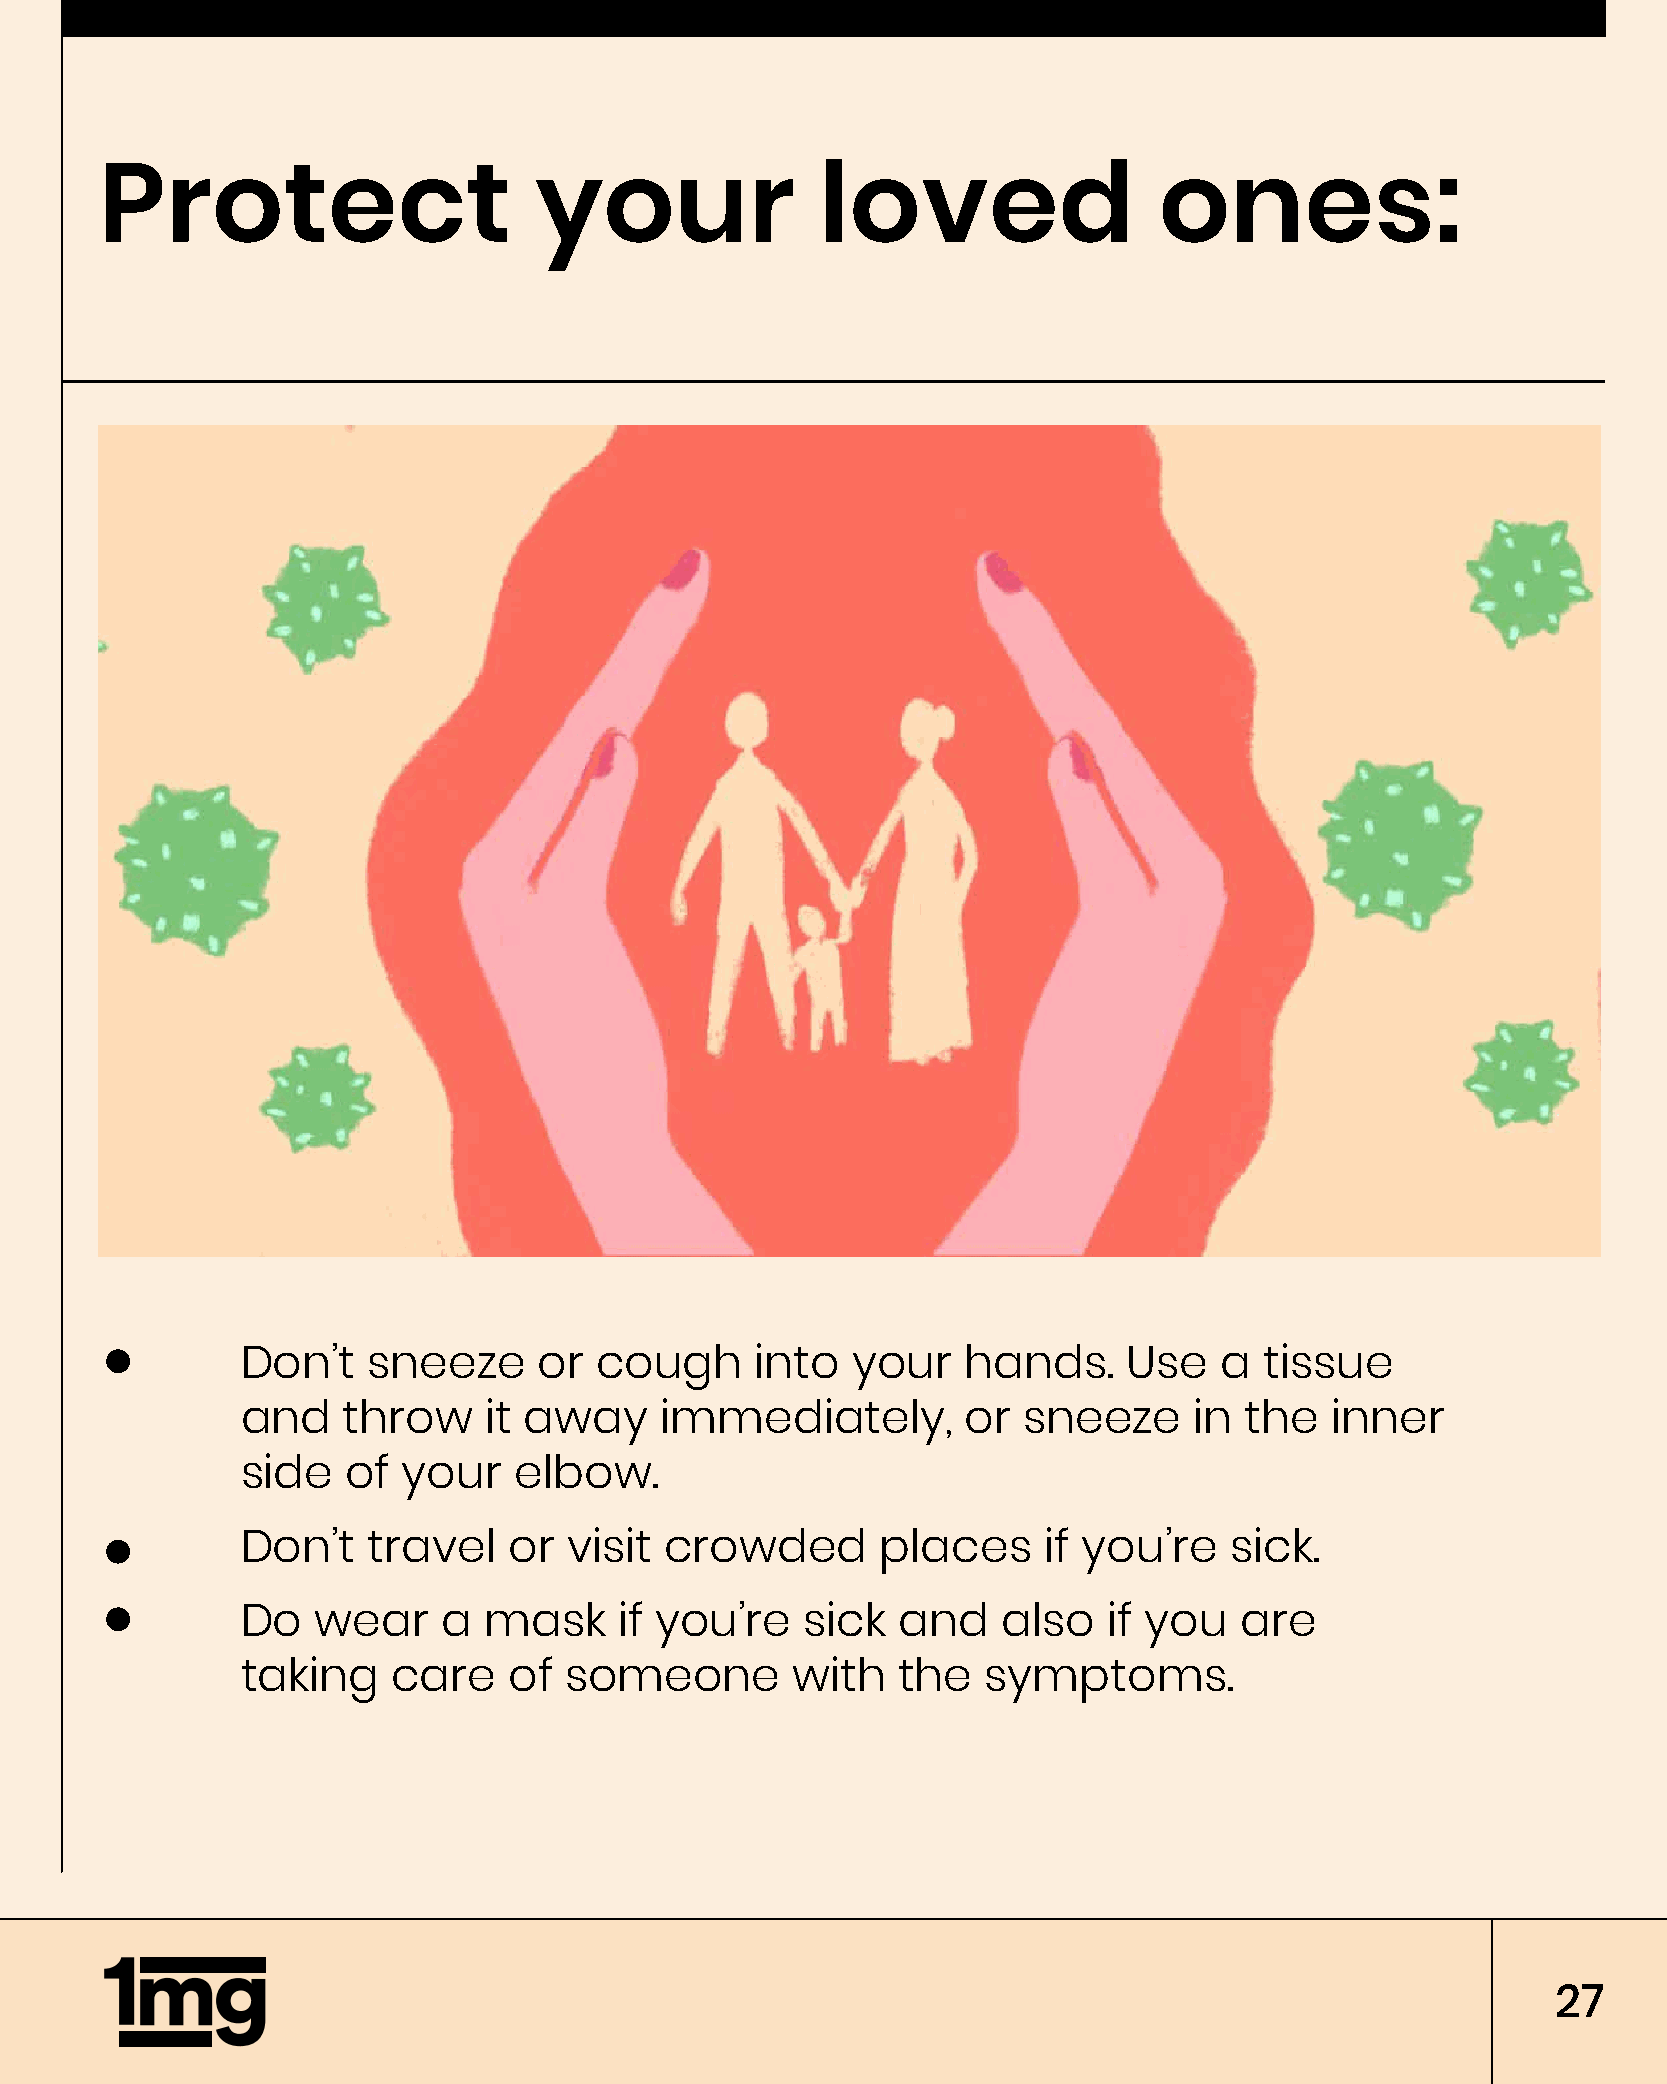
Protect                     your               loved                  ones:
 Don’t   sneeze      or cough      into  your    hands.     Use   a  tissue
 and    throw    it away     immediately,        or  sneeze     in the   inner
 side   of  your   elbow.
 Don’t   travel    or  visit crowded       places     if you’re   sick.
 Do   wear    a  mask     if you’re   sick   and   also   if you   are
 taking    care    of someone        with   the   symptoms.
 27